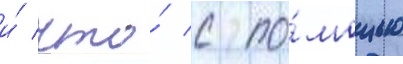
и́ что́ с по́мощью